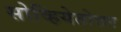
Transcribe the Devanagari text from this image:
सोव्हियेतोत्तर